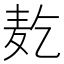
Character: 𱋇